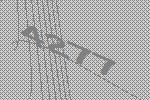
4277